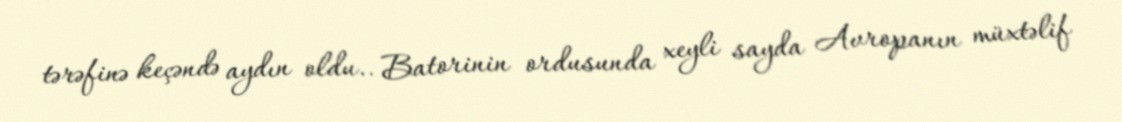
tərəfinə keçəndə aydın oldu.. Batorinin ordusunda xeyli sayda Avropanın müxtəlif